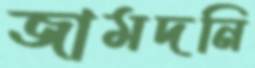
জামদনি